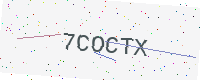
Text: 7COCTX